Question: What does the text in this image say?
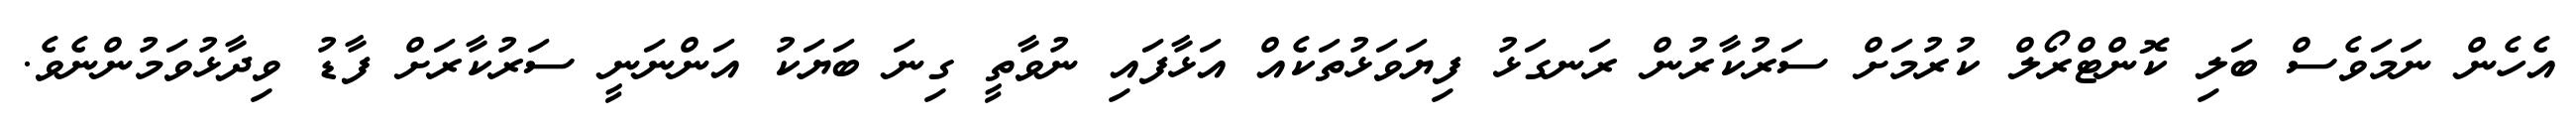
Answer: އެހެން ނަމަވެސް ބަލި ކޮންޓްރޯލް ކުރުމަށް ސަރުކާރުން ރަނގަޅު ފިޔަވަޅުތަކެއް އަޅާފައި ނުވާތީ ގިނަ ބަޔަކު އަންނަނީ ސަރުކާރަށް ފާޑު ވިދާޅުވަމުންނެވެ.